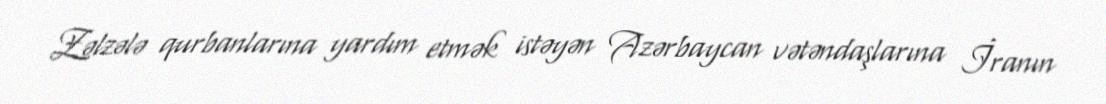
Zəlzələ qurbanlarına yardım etmək istəyən Azərbaycan vətəndaşlarına İranın